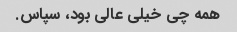
همه چی خیلی عالی بود، سپاس.